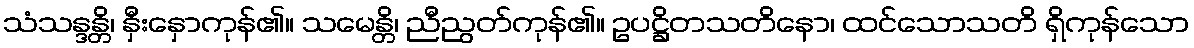
သံသန္ဒန္တိ၊ နှီးနှောကုန်၏။ သမေန္တိ၊ ညီညွတ်ကုန်၏။ ဥပဋ္ဌိတသတိနော၊ ထင်သောသတိ ရှိကုန်သော